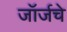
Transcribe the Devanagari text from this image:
जॉर्जचे